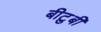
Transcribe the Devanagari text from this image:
बीटुबी